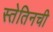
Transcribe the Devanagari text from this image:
स्तेतिनची